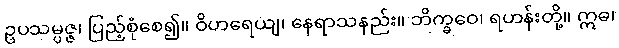
ဥပသမ္ပဇ္ဇ၊ ပြည့်စုံစေ၍။ ဝိဟရေယျ၊ နေရာသနည်း။ ဘိက္ခဝေ၊ ရဟန်းတို့။ ဣဓ၊